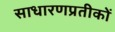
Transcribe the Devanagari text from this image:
साधारणप्रतीकों